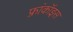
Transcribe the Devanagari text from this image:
फ़्रांकॉइस